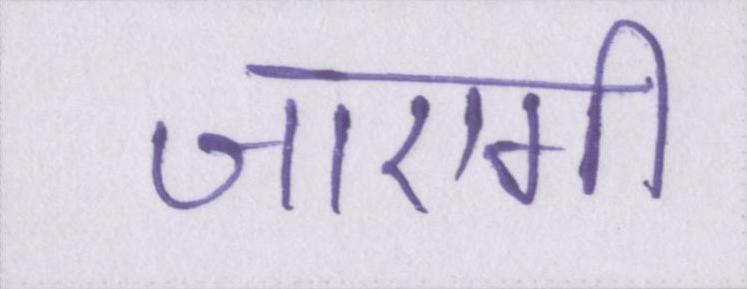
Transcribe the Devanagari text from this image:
जाएगी